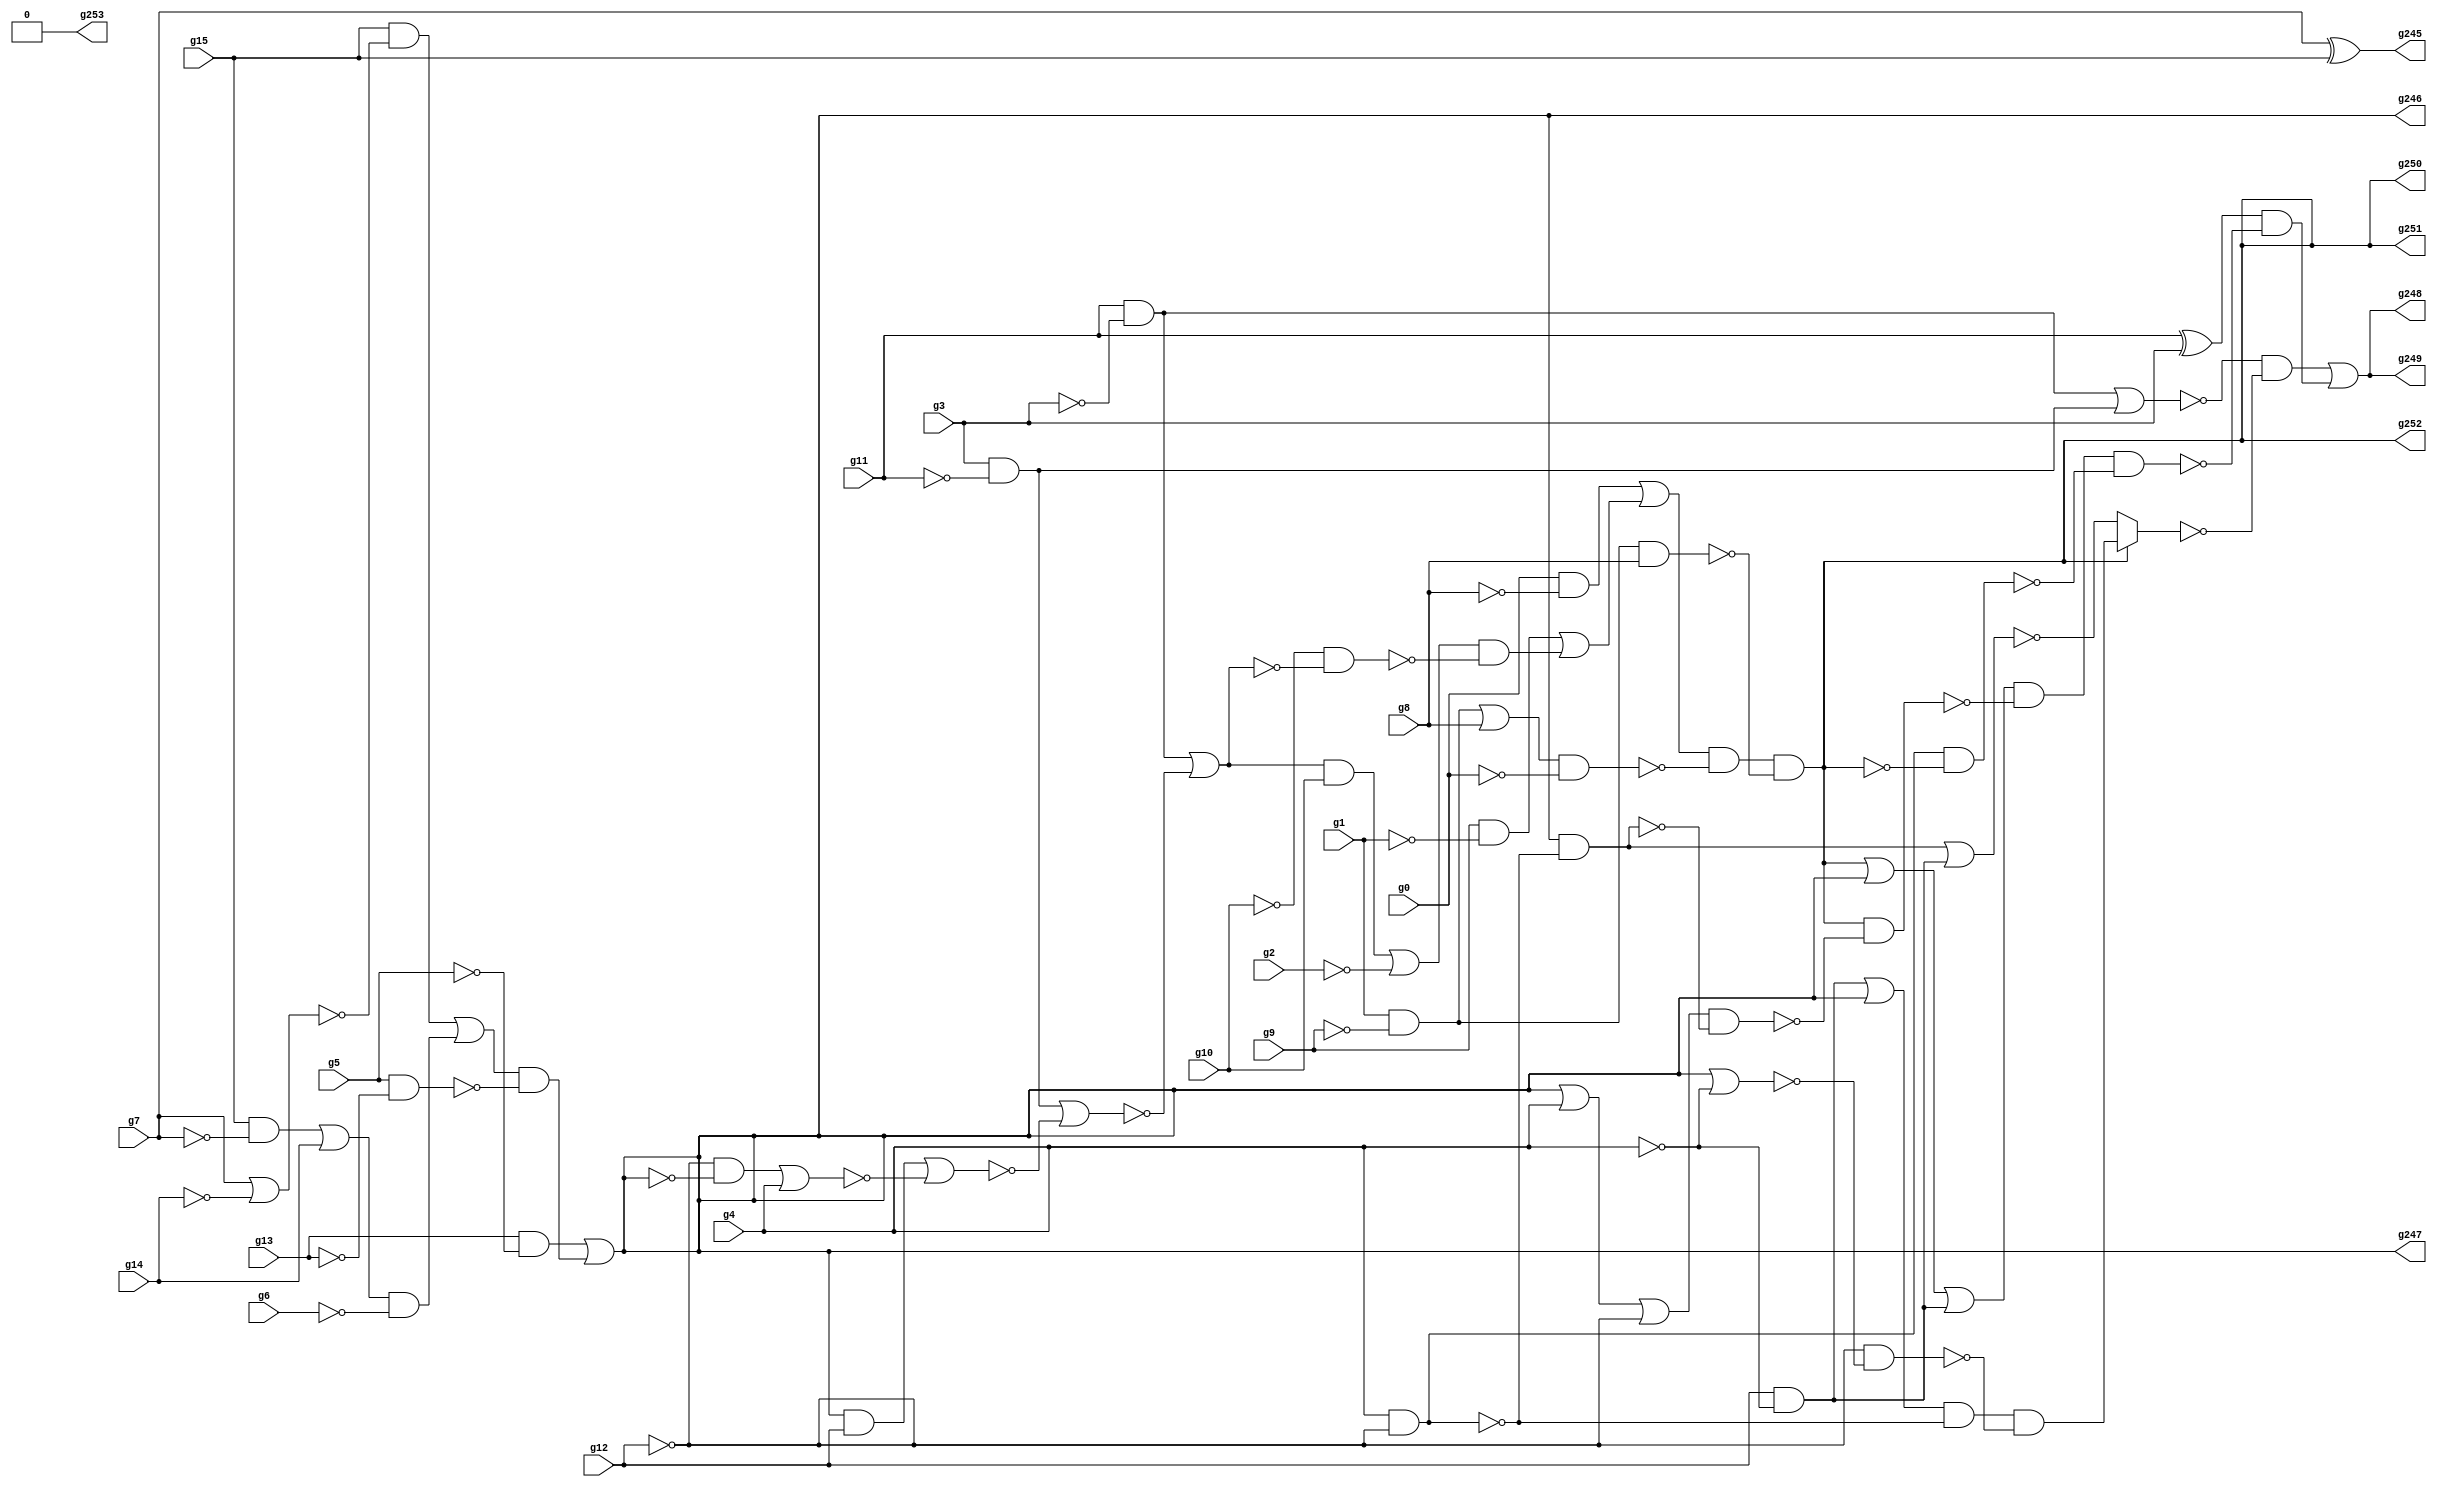
/* Generated by Yosys 0.9+4052 (git sha1 a5adb007, gcc 9.3.0-17ubuntu1~20.04 -fPIC -Os) */

module circuit(g0, g1, g2, g3, g4, g5, g6, g7, g8, g9, g10, g11, g12, g13, g14, g15, g253, g252, g251, g250, g249, g248, g247, g246, g245);
  wire _000_;
  wire _001_;
  wire _002_;
  wire _003_;
  wire _004_;
  wire _005_;
  wire _006_;
  wire _007_;
  wire _008_;
  wire _009_;
  wire _010_;
  wire _011_;
  wire _012_;
  wire _013_;
  wire _014_;
  wire _015_;
  wire _016_;
  wire _017_;
  wire _018_;
  wire _019_;
  wire _020_;
  wire _021_;
  wire _022_;
  wire _023_;
  wire _024_;
  wire _025_;
  wire _026_;
  wire _027_;
  wire _028_;
  wire _029_;
  wire _030_;
  wire _031_;
  wire _032_;
  wire _033_;
  wire _034_;
  wire _035_;
  wire _036_;
  wire _037_;
  wire _038_;
  wire _039_;
  wire _040_;
  wire _041_;
  wire _042_;
  wire _043_;
  wire _044_;
  wire _045_;
  wire _046_;
  wire _047_;
  wire _048_;
  wire _049_;
  wire _050_;
  wire _051_;
  wire _052_;
  wire _053_;
  wire _054_;
  input g0;
  input g1;
  input g10;
  input g11;
  input g12;
  input g13;
  input g14;
  input g15;
  input g2;
  output g245;
  output g246;
  output g247;
  output g248;
  output g249;
  output g250;
  output g251;
  output g252;
  output g253;
  input g3;
  input g4;
  input g5;
  input g6;
  input g7;
  input g8;
  input g9;
  assign g245 = g7 ^ g15;
  assign _000_ = g15 & ~(g7);
  assign _001_ = _000_ | g14;
  assign _002_ = _001_ & ~(g6);
  assign _003_ = g7 | ~(g14);
  assign _004_ = g15 & ~(_003_);
  assign _005_ = _004_ | _002_;
  assign _006_ = g5 & ~(g13);
  assign _007_ = _005_ & ~(_006_);
  assign _008_ = g13 & ~(g5);
  assign g246 = _008_ | _007_;
  assign _009_ = g11 ^ g3;
  assign _010_ = g12 & ~(g4);
  assign _011_ = ~g10;
  assign _012_ = ~g12;
  assign _013_ = _012_ & ~(g246);
  assign _014_ = _013_ | g4;
  assign _015_ = g246 & ~(_012_);
  assign _016_ = _015_ | ~(_014_);
  assign _017_ = g3 & ~(g11);
  assign _018_ = _017_ | ~(_016_);
  assign _019_ = g11 & ~(g3);
  assign _020_ = _019_ | ~(_018_);
  assign _021_ = _020_ & ~(_011_);
  assign _022_ = _021_ | ~(g2);
  assign _023_ = _011_ & ~(_020_);
  assign _024_ = _022_ & ~(_023_);
  assign _025_ = g9 & ~(g1);
  assign _026_ = _025_ | _024_;
  assign _027_ = g0 & ~(g8);
  assign _028_ = _027_ | _026_;
  assign _029_ = g1 & ~(g9);
  assign _030_ = _029_ | g8;
  assign _031_ = _030_ & ~(g0);
  assign _032_ = _028_ & ~(_031_);
  assign _033_ = _029_ & g8;
  assign g250 = _032_ & ~(_033_);
  assign _034_ = g250 | g246;
  assign _035_ = _034_ | _010_;
  assign _036_ = g4 & ~(g12);
  assign _037_ = g246 & ~(_036_);
  assign _038_ = g246 | g4;
  assign _039_ = _038_ | _012_;
  assign _040_ = _039_ & ~(_037_);
  assign _041_ = g250 & ~(_040_);
  assign _042_ = _035_ & ~(_041_);
  assign _043_ = _036_ & ~(g250);
  assign _044_ = _042_ & ~(_043_);
  assign _045_ = _009_ & ~(_044_);
  assign _046_ = ~(_019_ | _017_);
  assign _047_ = ~(_037_ | _010_);
  assign _048_ = _010_ | g246;
  assign _049_ = _048_ & ~(_036_);
  assign _050_ = g246 | ~(g4);
  assign _051_ = _012_ & ~(_050_);
  assign _052_ = _049_ & ~(_051_);
  assign _053_ = g250 ? _052_ : _047_;
  assign _054_ = _046_ & ~(_053_);
  assign g248 = _054_ | _045_;
  assign g247 = g246;
  assign g249 = g248;
  assign g251 = g250;
  assign g252 = g250;
  assign g253 = 1'h0;
endmodule